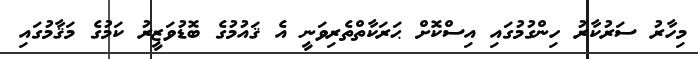
މިހާރު ސަރުކާރު ހިންގުމުގައި އިސްކޮށް ޙަރަކާތްތެރިވަނީ އެ ޤައުމުގެ ބޮޑުވަޒީރު ކަމުގެ މަޤާމުގައި